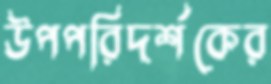
উপপরিদর্শকের